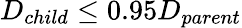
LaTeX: D_{child}\leq 0.95D_{parent}